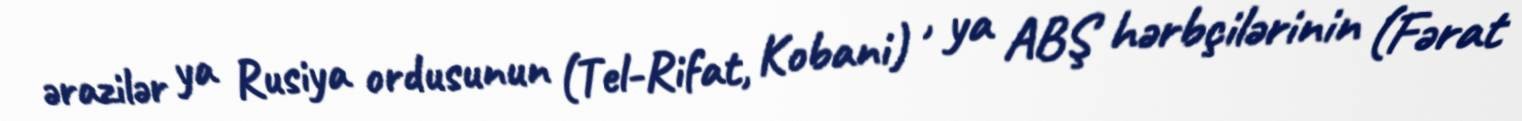
ərazilər ya Rusiya ordusunun (Tel-Rifat, Kobani) , ya ABŞ hərbçilərinin (Fərat